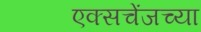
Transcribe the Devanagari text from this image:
एक्सचेंजच्या